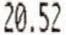
20.52